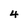
Character: 4